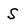
Character: S